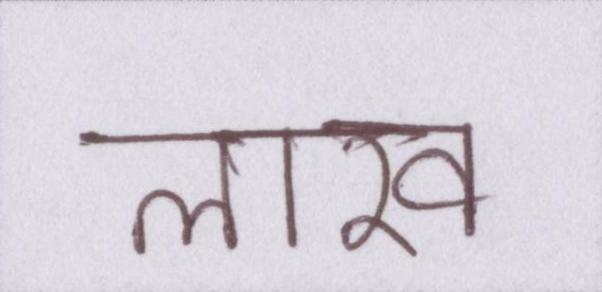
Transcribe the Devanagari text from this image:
लाख